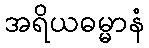
အရိယဓမ္မာနံ